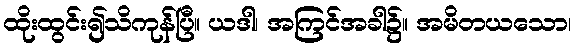
ထိုးထွင်း၍သိကုန်ပြီ။ ယဒါ၊ အကြင်အခါ၌။ အမိတယသော၊